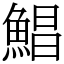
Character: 鯧